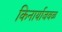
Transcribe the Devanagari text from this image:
किनार्याजवळ